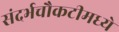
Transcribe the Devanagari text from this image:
संदर्भचौकटीमध्ये